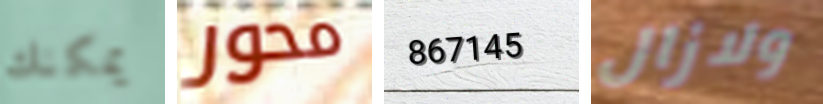
يمكنك محور 867145 ولازال